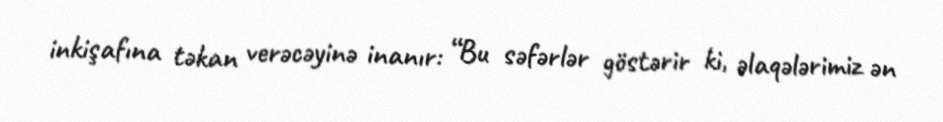
inkişafına təkan verəcəyinə inanır: “Bu səfərlər göstərir ki, əlaqələrimiz ən